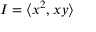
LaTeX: I = \langle x ^ { 2 } , x y \rangle